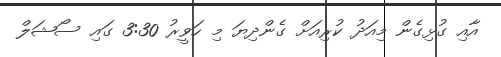
އާއި ގުޅިގެން މިއަދު ކުރިއަށް ގެންދިޔަ މި ހަވީރު 3:30 ގައި ސޯޝަލް